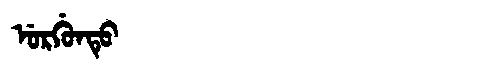
Manchu: ᡠᡵᡤᡠᠨᡨᡠ
Romanization: URGUNTU